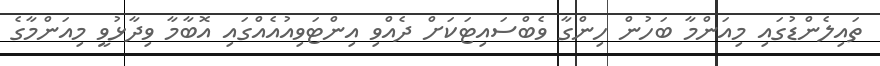
ތައިލެންޑުގައި މިއަންމާ ބަހުން ހިންގާ ވެބްސައިޓަކަށް ދެއްވި އިންޓަވިއުއެއްގައި އޮބާމާ ވިދާޅުވީ މިއަންމާގެ